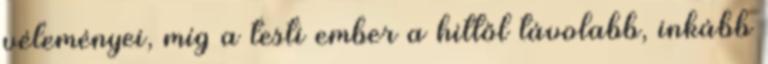
véleményei, míg a testi ember a hittől távolabb, inkább